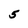
Character: 5